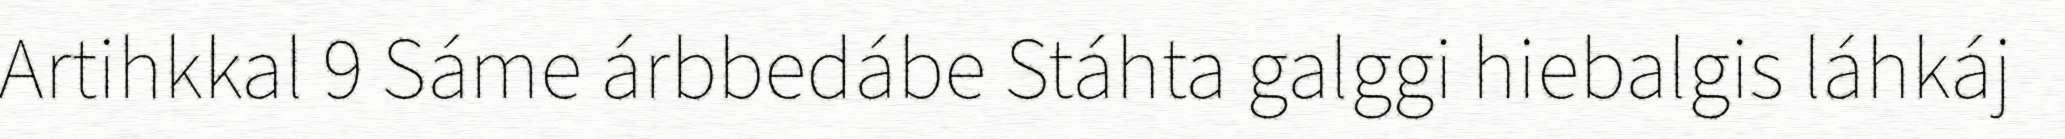
Artihkkal 9 Sáme árbbedábe Stáhta galggi hiebalgis láhkáj